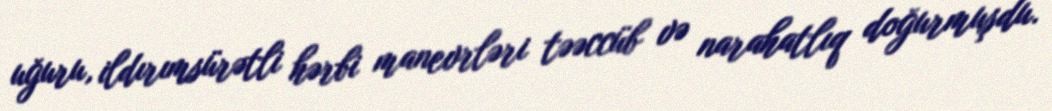
uğuru, ildırımsürətli hərbi manevrləri təəccüb və narahatlıq doğurmuşdu.